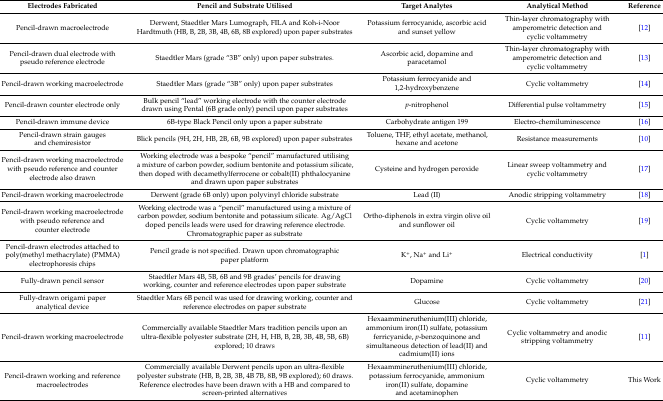
<table><thead><tr><td><b>Electrodes Fabricated</b></td><td><b>Pencil and Substrate Utilised</b></td><td><b>Target Analytes</b></td><td><b>Analytical Method</b></td><td><b>Reference</b></td></tr></thead><tbody><tr><td>Pencil-drawn macroelectrode</td><td>Derwent, Staedtler Mars Lumograph, FILA and Koh-i-Noor Hardtmuth (HB, B, 2B, 3B, 4B, 6B, 8B explored) upon paper substrates</td><td>Potassium ferrocyanide, ascorbic acid and sunset yellow</td><td>Thin-layer chromatography with amperometric detection and cyclic voltammetry</td><td>[12]</td></tr><tr><td>Pencil-drawn dual electrode with pseudo reference electrode</td><td>Staedtler Mars (grade “3B” only) upon paper substrates.</td><td>Ascorbic acid, dopamine and paracetamol</td><td>Thin-layer chromatography with amperometric detection and cyclic voltammetry</td><td>[13]</td></tr><tr><td>Pencil-drawn working macroelectrode</td><td>Staedtler Mars (grade “3B” only) upon paper substrates </td><td>Potassium ferrocyanide and 1,2-hydroxybenzene</td><td>Cyclic voltammetry</td><td>[14]</td></tr><tr><td>Pencil-drawn counter electrode only</td><td>Bulk pencil “lead’’ working electrode with the counter electrode drawn using Pental (6B grade only) pencil upon paper substrates</td><td><i>p</i>-nitrophenol</td><td>Differential pulse voltammetry</td><td>[15]</td></tr><tr><td>Pencil-drawn immune device</td><td>6B-type Black Pencil only upon a paper substrate</td><td>Carbohydrate antigen 199</td><td>Electro-chemiluminescence</td><td>[16]</td></tr><tr><td>Pencil-drawn strain gauges and chemiresistor</td><td>Blick pencils (9H, 2H, HB, 2B, 6B, 9B explored) upon paper substrates</td><td>Toluene, THF, ethyl acetate, methanol, hexane and acetone</td><td>Resistance measurements</td><td>[10]</td></tr><tr><td>Pencil-drawn working macroelectrode with pseudo reference and counter electrode also drawn</td><td>Working electrode was a bespoke “pencil’’ manufactured utilising a mixture of carbon powder, sodium bentonite and potassium silicate, then doped with decamethylferrocene or cobalt(II) phthalocyanine and drawn upon paper substrates</td><td>Cysteine and hydrogen peroxide</td><td>Linear sweep voltammetry and cyclic voltammetry</td><td>[17]</td></tr><tr><td>Pencil-drawn working macroelectrode</td><td>Derwent (grade 6B only) upon polyvinyl chloride substrate</td><td>Lead (II)</td><td>Anodic stripping voltammetry</td><td>[18]</td></tr><tr><td>Pencil-drawn working macroelectrode with pseudo reference and counter electrode</td><td>Working electrode was a “pencil’’ manufactured using a mixture of carbon powder, sodium bentonite and potassium silicate. Ag/AgCl doped pencils leads were used for drawing reference electrode. Chromatographic paper as substrate</td><td>Ortho-diphenols in extra virgin olive oil and sunflower oil</td><td>Cyclic voltammetry</td><td>[19]</td></tr><tr><td>Pencil-drawn electrodes attached to poly(methyl methacrylate) (PMMA) electrophoresis chips</td><td>Pencil grade is not specified. Drawn upon chromatographic paper platform</td><td>K<sup>+</sup>, Na<sup>+</sup> and Li<sup>+</sup></td><td>Electrical conductivity</td><td>[1]</td></tr><tr><td>Fully-drawn pencil sensor</td><td>Staedtler Mars 4B, 5B, 6B and 9B grades’ pencils for drawing working, counter and reference electrodes upon paper substrate</td><td>Dopamine</td><td>Cyclic voltammetry</td><td>[20]</td></tr><tr><td>Fully-drawn origami paper analytical device</td><td>Staedtler Mars 6B pencil was used for drawing working, counter and reference electrodes on paper substrate</td><td>Glucose</td><td>Cyclic voltammetry</td><td>[21]</td></tr><tr><td>Pencil-drawn working macroelectrode</td><td>Commercially available Staedtler Mars tradition pencils upon an ultra-flexible polyester substrate (2H, H, HB, B, 2B, 3B, 4B, 5B, 6B) explored; 10 draws</td><td>Hexaammineruthenium(III) chloride, ammonium iron(II) sulfate, potassium ferricyanide, <i>p</i>-benzoquinone and simultaneous detection of lead(II) and cadmium(II) ions</td><td>Cyclic voltammetry and anodic stripping voltammetry</td><td>[11]</td></tr><tr><td>Pencil-drawn working and reference macroelectrodes</td><td>Commercially available Derwent pencils upon an ultra-flexible polyester substrate (HB, B, 2B, 3B, 4B 7B, 8B, 9B explored); 60 draws. Reference electrodes have been drawn with a HB and compared to screen-printed alternatives</td><td>Hexaammineruthenium(III) chloride, potassium ferrocyanide, ammonium iron(II) sulfate, dopamine and acetaminophen</td><td>Cyclic voltammetry</td><td>This Work</td></tr></tbody></table>